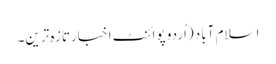
اسلام آباد (اُردو پوائنٹ اخبارتازہ ترین۔